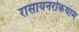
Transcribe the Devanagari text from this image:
रासायनरोकथाम